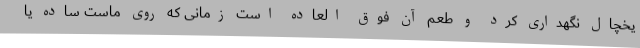
یخچال نگهداری کرد و طعم آن فوق العاده است زمانی که روی ماست ساده یا